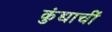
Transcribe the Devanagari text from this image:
कुंद्याचीं